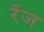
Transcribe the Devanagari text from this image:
रँज